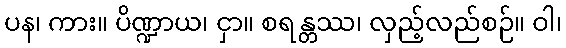
ပန၊ ကား။ ပိဏ္ဍာယ၊ ငှာ။ စရန္တဿ၊ လှည့်လည်စဉ်။ ဝါ၊